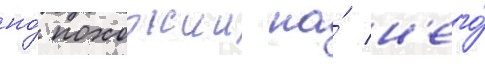
но́ похожии на́ н'его́